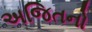
અજિતનો